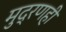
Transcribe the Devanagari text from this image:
मुद्रणही